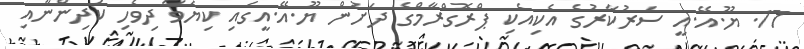
17. ޔޫ.އޭ.އީ ސަރުކާރުގެ އެކިއެކި ޕްރޮގްރާމްގެ ދަށުން ޔޫ.އޭ.އީގައި ކިޔަވާ ދިވެހި ކުދިންނާއި